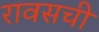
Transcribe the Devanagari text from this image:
रावसची